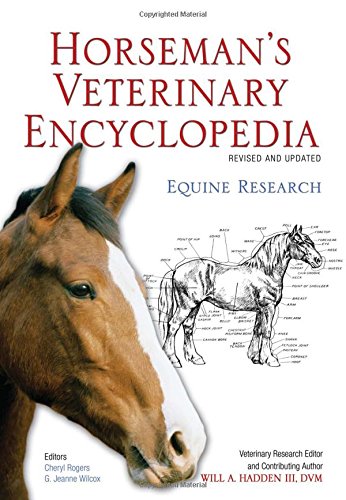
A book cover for Horseman's Veterinary Encyclopedia, Revised and Updated; Equine Research; Reference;